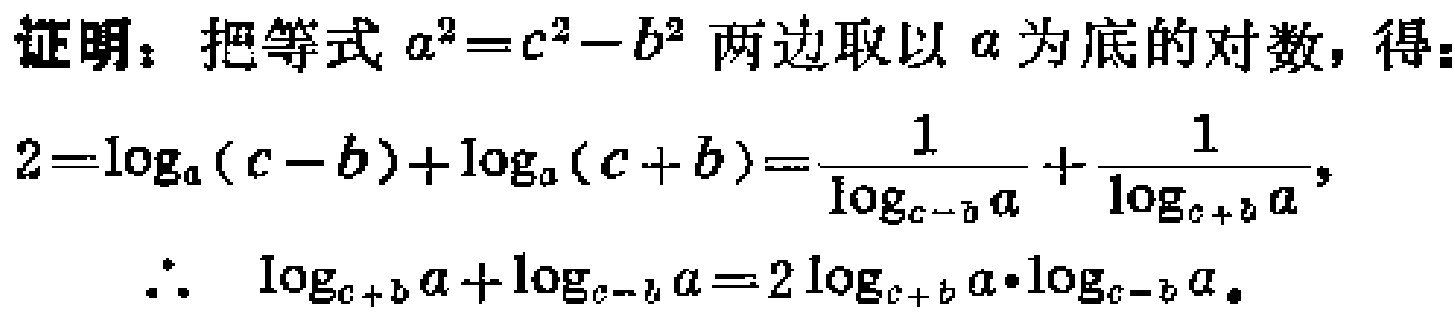
证明：把等式\(a^{2}=c^{2}-b^{2}\)两边取以\(a\)为底的对数，得：
\[
2=\log_{a}(c - b)+\log_{a}(c + b)=\frac{1}{\log_{c - b}a}+\frac{1}{\log_{c + b}a},
\]
\(\therefore\) \(\log_{c + b}a+\log_{c - b}a = 2\log_{c + b}a\cdot\log_{c - b}a\)。